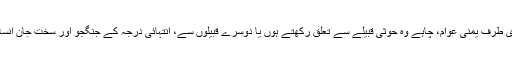
دوسری طرف یمنی عوام، چاہے وہ حوثی قبیلے سے تعلق رکھتے ہوں یا دوسرے قبیلوں سے، انتہائی درجہ کے جنگجو اور سخت جان انسان ہیں۔